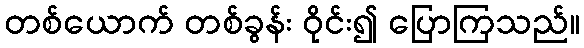
တစ်ယောက် တစ်ခွန်း ဝိုင်း၍ ပြောကြသည်။